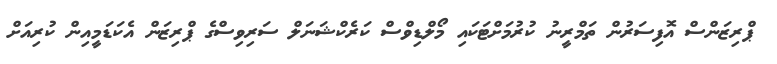
ޕްރިޒަންސް އޮފިސަރުން ތަމްރީނު ކުރުމަށްޓަކައި މޯލްޑިވްސް ކަރެކްޝަނަލް ސަރިވިސްގެ ޕްރިޒަން އެކަޑަމީއިން ކުރިއަށް